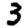
Digit: 3